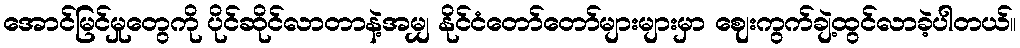
အောင်မြင်မှုတွေကို ပိုင်ဆိုင်လာတာနဲ့အမျှ နိုင်ငံတော်တော်များများမှာ ဈေးကွက်ချဲ့ထွင်လာခဲ့ပါတယ်။